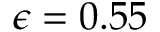
\epsilon = 0 . 5 5